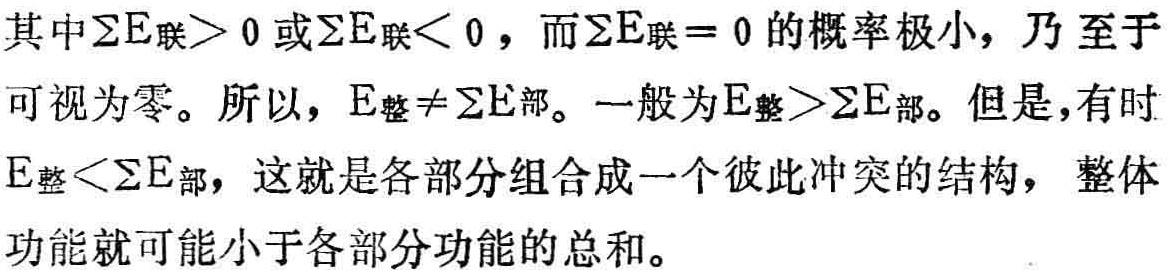
其中$\sum E_{联}> 0$或$\sum E_{联}< 0$，而$\sum E_{联}= 0$的概率极小，乃至于可视为零。所以，$E_{整}\neq\sum E_{部}$。一般为$E_{整}>\sum E_{部}$。但是，有时$E_{整}<\sum E_{部}$，这就是各部分组合成一个彼此冲突的结构，整体功能就可能小于各部分功能的总和。